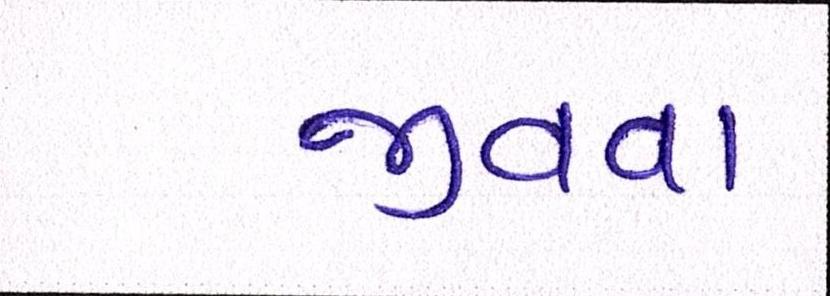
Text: જીવવા